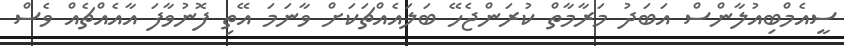
ސީއެމްބިއުލާންސް އަބަދު މަރާމާތް ކުރަންޖެހޭ ބަލައެއްޗަކަށް ވާނަމަ އޭތި ފޮނުވާފަ އާއެއްޗެއް ވެސް